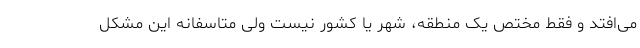
می‌افتد و فقط مختص یک منطقه، شهر یا کشور نیست ولی متاسفانه این مشکل